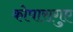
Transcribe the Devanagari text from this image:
कोपारागुए